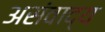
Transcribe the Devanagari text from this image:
असंवाद्य